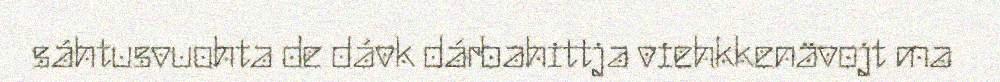
sáhtusvuohta de dávk dárbahittja viehkkenävojt ma